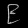
Digit: ၉